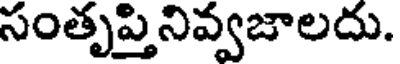
సంతృప్తినివ్వజాలదు.